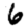
Digit: 6